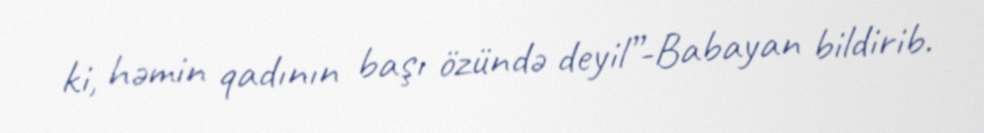
ki, həmin qadının başı özündə deyil”-Babayan bildirib.